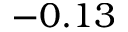
- 0 . 1 3